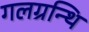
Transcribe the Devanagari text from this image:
गलग्रन्थि